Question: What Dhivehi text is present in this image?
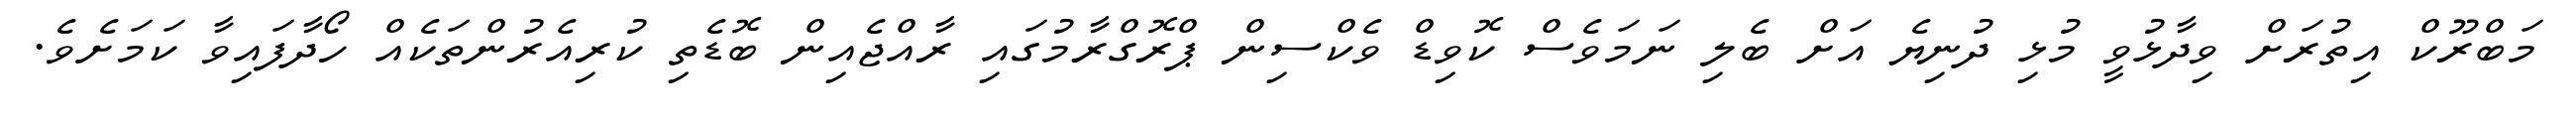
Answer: މަބްރޫކް އިތުރަށް ވިދާޅުވީ މުޅި ދުނިޔެ އަށް ބެލި ނަމަވެސް ކޮވިޑް ވެކްސިން ޕްރޮގްރާމުގައި ރާއްޖެއިން ބޮޑެތި ކުރިއެރުންތަކެއް ހޯދާފައިވާ ކަމަށެވެ.